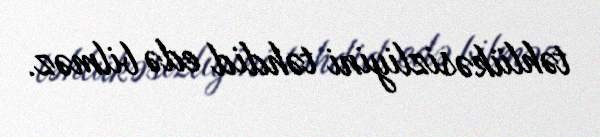
təhlükəsizliyini təhdid edə bilməz.